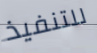
للتنفيذ